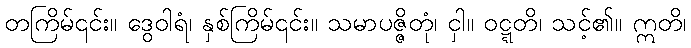
တကြိမ်၎င်း။ ဒွေဝါရံ၊ နှစ်ကြိမ်၎င်း။ သမာပဇ္ဇိတုံ၊ ငှါ။ ဝဋ္ဋတိ၊ သင့်၏။ ဣတိ၊